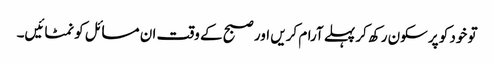
تو خود کو پرسکون رکھ کر پہلے آرام کریں اور صبح کے وقت ان مسائل کو نمٹائیں۔